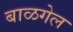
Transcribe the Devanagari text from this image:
बाळगेल